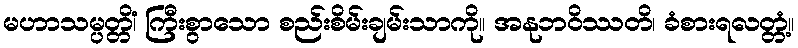
မဟာသမ္ပတ္တိံ၊ ကြီးစွာသော စည်းစိမ်းချမ်းသာကို။ အနုဘဝိဿတိ၊ ခံစားရလတ္တံ့။